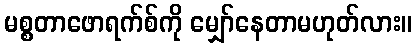
မစ္စတာဖောရက်စ်ကို မျှော်နေတာမဟုတ်လား။